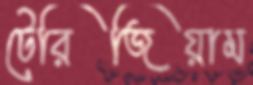
টেরিজিয়াম